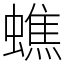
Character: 蟭